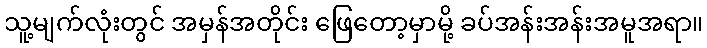
သူ့မျက်လုံးတွင် အမှန်အတိုင်း ဖြေတော့မှာမို့ ခပ်အန်းအန်းအမူအရာ။